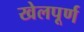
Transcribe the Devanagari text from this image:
खेलपूर्ण